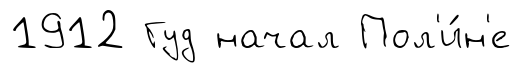
1912 Гуд начал Пол'и́н'е